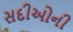
સદીઓની